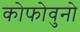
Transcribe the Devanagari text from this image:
कोफोवुनो